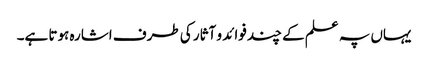
یہاں پہ علم کے چند فوائد و آثار کی طرف اشارہ ہوتا ہے۔